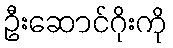
ဦးဆောင်ဂိုးကို